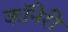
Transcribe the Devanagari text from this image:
कॉनेरी